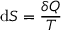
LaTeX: \mathrm { d } S = { \frac { \delta Q } { T } }